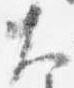
大